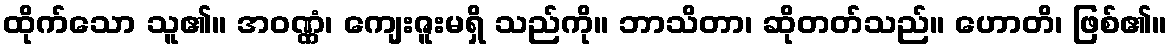
ထိုက်သော သူ၏။ အဝဏ္ဏံ၊ ကျေးဇူးမရှိ သည်ကို။ ဘာသိတာ၊ ဆိုတတ်သည်။ ဟောတိ၊ ဖြစ်၏။